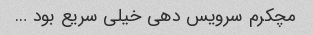
مچکرم سرویس دهی خیلی سریع بود …